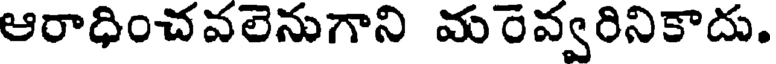
ఆరాధించవలెనుగాని మరెవ్వరినికాదు.